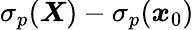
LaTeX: \sigma_{p}(\boldsymbol{X})-\sigma_{p}(\boldsymbol{x}_{0})